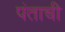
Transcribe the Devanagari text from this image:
पंताची